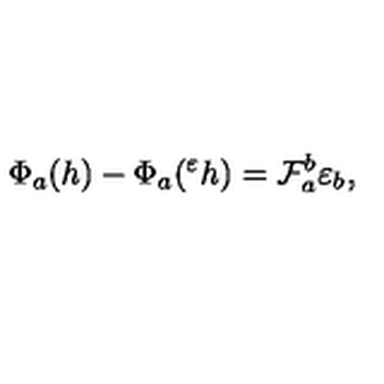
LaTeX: \Phi _ { a } ( h ) - \Phi _ { a } ( { } ^ { \varepsilon } h ) = { \cal F } _ { a } ^ { b } \varepsilon _ { b } ,